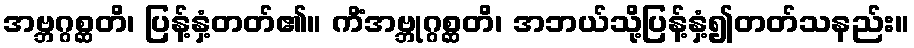
အဗ္ဘဂ္ဂစ္ဆတိ၊ ပြန့်နှံ့တတ်၏။ ကိံအဗ္ဘုဂ္ဂစ္ဆတိ၊ အဘယ်သို့ပြန့်နှံ့၍တတ်သနည်း။